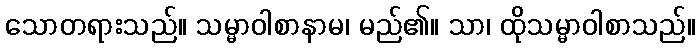
သောတရားသည်။ သမ္မာဝါစာနာမ၊ မည်၏။ သာ၊ ထိုသမ္မာဝါစာသည်။